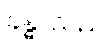
ခန္ဓာသည်